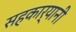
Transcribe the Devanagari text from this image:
सहकार्यानी